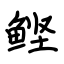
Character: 鲣